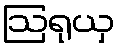
ဩရုယှ